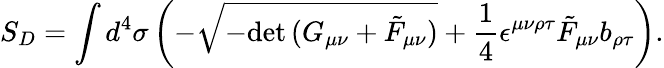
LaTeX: S_{D}=\int d^{4}\sigma\left(-\sqrt{-\mathrm{det}\, (G_{\mu\nu}+\tilde{F}_{\mu\nu})}+{\frac{1}{4}}\epsilon^{\mu\nu\rho\tau}\tilde{F}_{\mu\nu}b_{\rho\tau}\right).